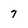
Character: 7